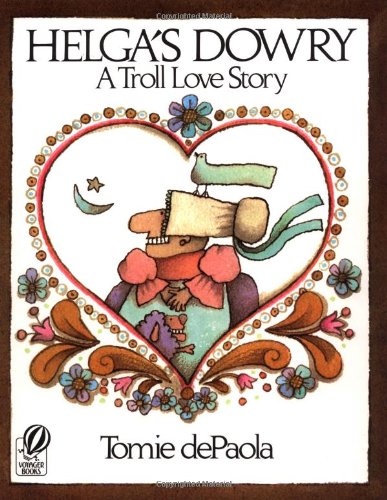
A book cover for Helga's Dowry: A Troll Love Story; Tomie dePaola; Children's Books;